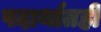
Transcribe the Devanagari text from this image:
पदार्थातही